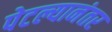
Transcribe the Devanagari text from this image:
पेटल्यानंतर